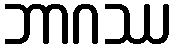
ဘာဂဿ